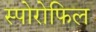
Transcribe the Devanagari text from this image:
स्पोरोफिल